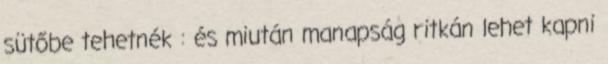
sütőbe tehetnék : és miután manapság ritkán lehet kapni